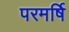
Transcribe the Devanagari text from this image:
परमर्षि